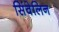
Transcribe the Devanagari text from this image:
सिंवेलिन